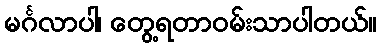
မင်္ဂလာပါ၊ တွေ့ရတာဝမ်းသာပါတယ်။